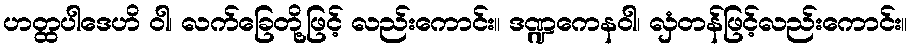
ဟတ္ထပါဒေဟိ ဝါ၊ လက်ခြေတို့ဖြင့် လည်းကောင်း။ ဒဏ္ဍကေနဝါ၊ လှံတန်ဖြင့်လည်းကောင်း။